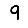
Digit: 9